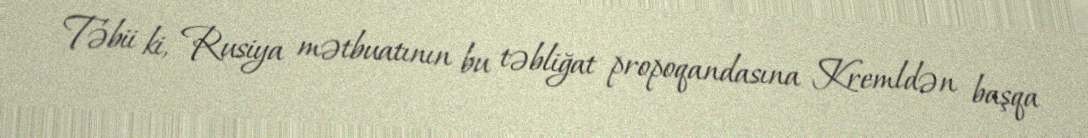
Təbii ki, Rusiya mətbuatının bu təbliğat propoqandasına Kremldən başqa